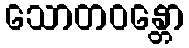
သောတဝန္တော